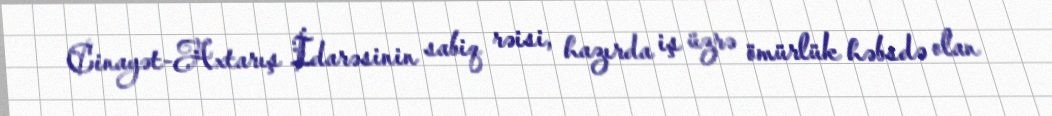
Cinayət-Axtarış İdarəsinin sabiq rəisi, hazırda iş üzrə ömürlük həbsdə olan